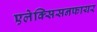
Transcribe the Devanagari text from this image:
एलेक्सिसनफायर